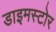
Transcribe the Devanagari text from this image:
डाइमस्टोर